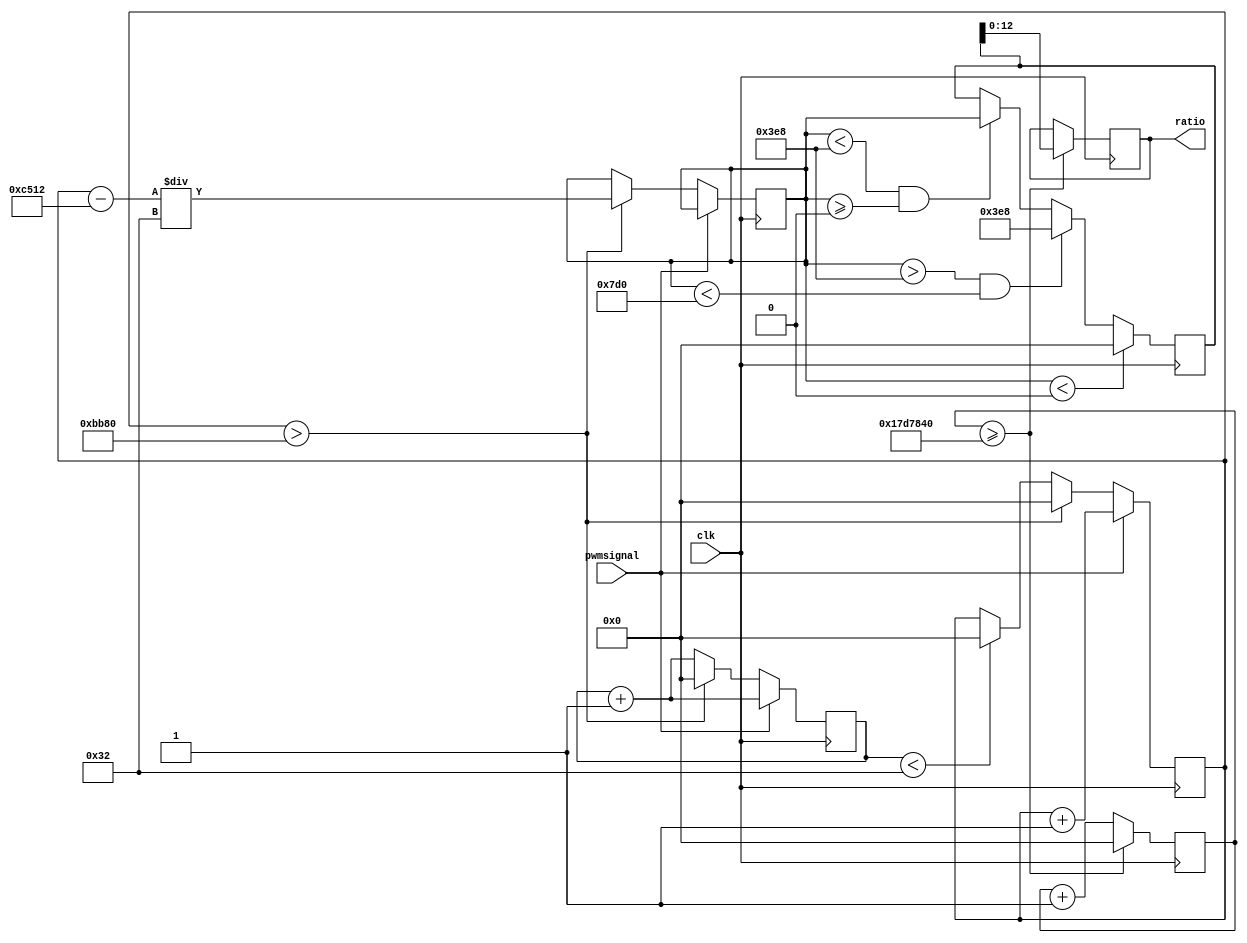
module gyro(clk, pwmsignal ,ratio);
input clk;
input pwmsignal;


output [12:0] ratio;
reg pwm;
reg [31:0] counter;
reg [31:0] signalon;		//# of times a sec pwm signal is at 1
reg [31:0] signaloff;	//# of time a sec pwm signal is at 0
reg [12:0] ratio;
reg [31:0] tempcounter;
reg [31:0] tempratio;
reg [31:0] preratio;

always @ (posedge clk)
begin
if (counter<32'd50)	//whenever the counter is reset, signalon is also reset
begin
signalon <= 32'd0;
signaloff <= 32'd0;
end
else
begin
end

tempcounter <= tempcounter+1;
counter <= counter+1;


if (pwmsignal == 1'b1)
begin
signalon <= signalon+1;
end
else
begin
if (signalon>(48000))
begin
tempratio <= ((signalon - (32'd50450))/(32'd50));
signalon <= 1'b0;
counter <= 1'b0;
end
else
begin
end
end


if (tempcounter >= (32'd25000000))
begin
tempcounter <= 32'd0;
ratio <= preratio;
end

if ((tempratio<32'd1000)&&(tempratio>=32'd0))
preratio <= tempratio;

if ((tempratio>32'd1000)&&(tempratio<32'd2000))
preratio <= 32'd1000;

if (tempratio<32'd0)
preratio <= 32'd0;



end




endmodule



//if ((signalon >=32'd51000)&&(counter>=((32'd900000)-(100*control)))) 
//if ((counter >= (32'd135000)&&(signalon >=32'd50000))) 	//clock speed is 50,000,000hz
//begin						//we want to refresh signal 50 time a sec
//counter <= 32'b0;	
//ratio <= ((signalon - (32'd50000))/32'd500);
//tempratio <= ((signalon - (32'd50000))/(32'd500));
		//max signalon is 100,000  min is 50,000. This way answer is between 0 and 100
//end
//else
//begin
//end